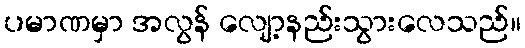
ပမာဏမှာ အလွန် လျော့နည်းသွားလေသည်။